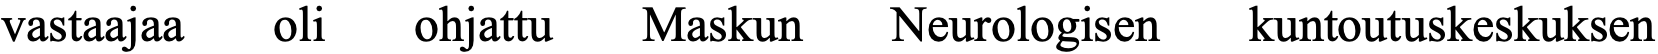
vastaajaa oli ohjattu Maskun Neurologisen kuntoutuskeskuksen